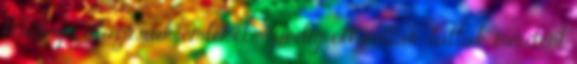
felidézni utazásaik emlékét – pedig ott voltak, láttak mindent